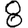
Digit: 8